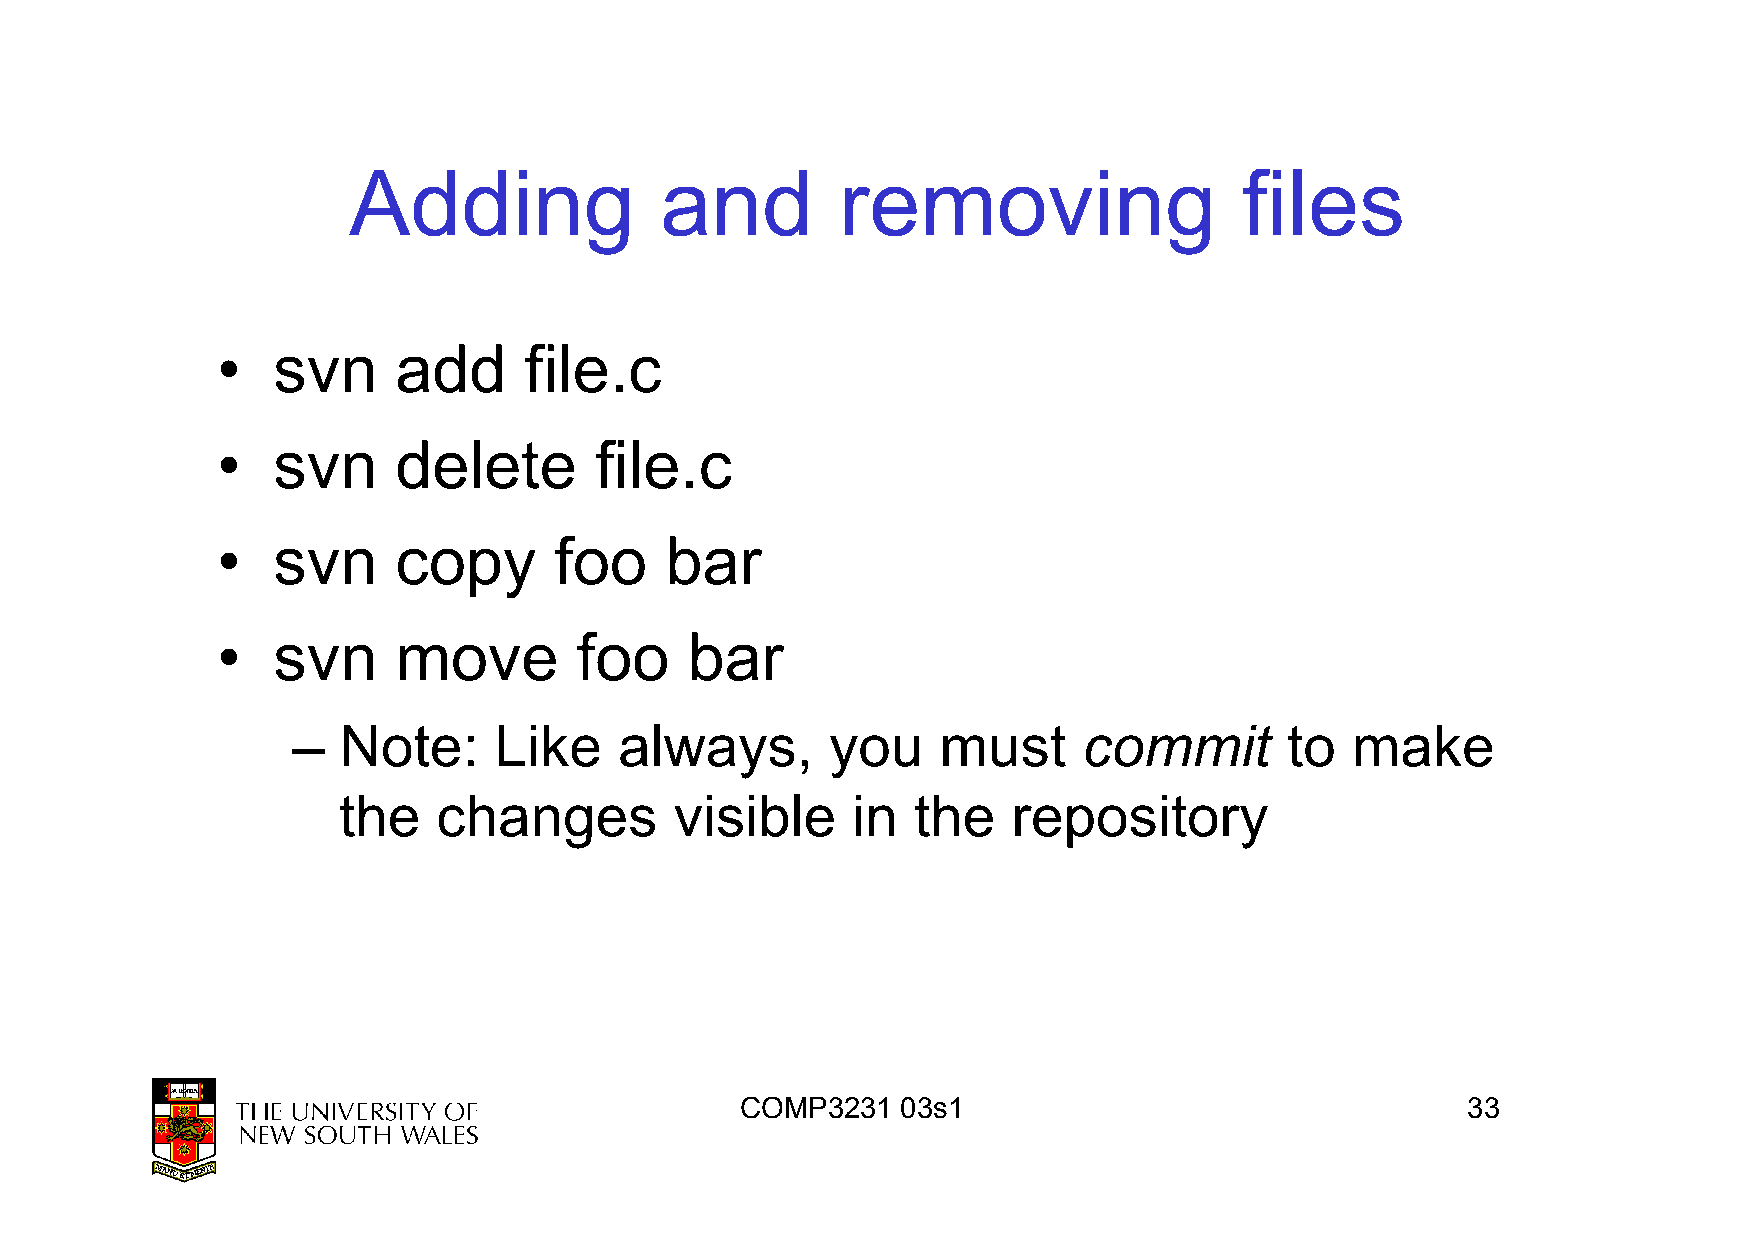
Adding               and         removing                  files
 •   svn     add      file.c
 •   svn     delete       file.c
 •   svn     copy       foo    bar
 ••  ssvvnn  mmoovvee    ffoooo bbaarr
 commit
 –  Note:      Like    always,       you    must                   to  make
 the    changes         visible    in  the    repository
 COMP3231   03s1                                 33